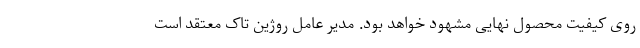
روی کیفیت محصول نهایی مشهود خواهد بود. مدیر عامل روژین تاک معتقد است